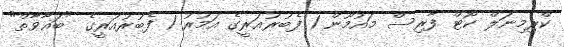
ކްރިމިނަލް ކޯޓް ފާރިސް މައުމޫން 1 ފެބުރުއަރީގެ އަމުރު 1 ފެބުރުއަރީގެ "ބަޣާވާތް"